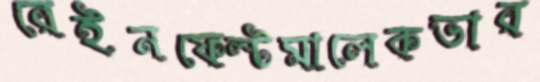
রেইনফেল্টমালেকভার